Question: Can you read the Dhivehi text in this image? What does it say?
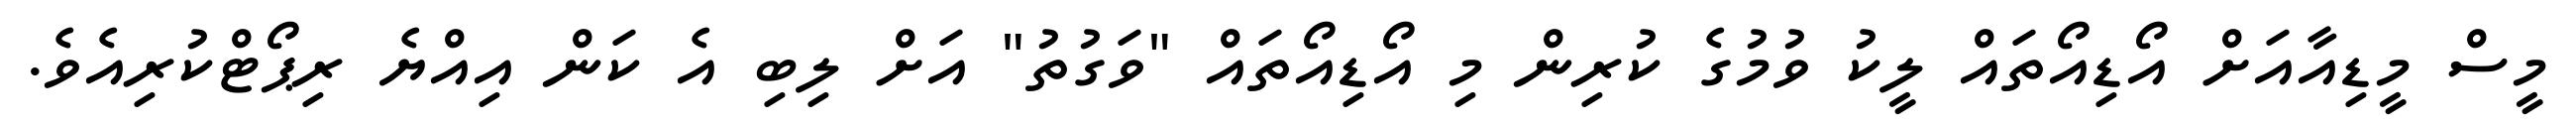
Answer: މީސް މީޑިއާއަށް އޯޑިއޯތައް ލީކު ވުމުގެ ކުރިން މި އޯޑިއޯތައް "ވަގުތު" އަށް ލިބި އެ ކަން އިއްޔެ ރިޕޯޓްކުރިއެވެ.